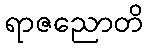
ရာဇညောတိ